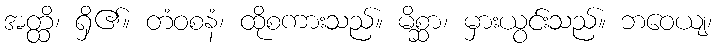
အတ္ထိ၊ ရှိ၏။ တံဝစနံ၊ ထိုစကားသည်။ မိစ္ဆာ၊ မှားယွင်းသည်။ ဘဝေယျ၊